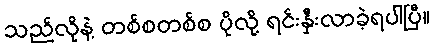
သည်လိုနဲ့ တစ်စတစ်စ ပိုလို့ ရင်းနှီးလာခဲ့ရပါပြီ။